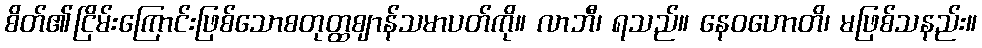
စိတ်၏ငြိမ်းကြောင်းဖြစ်သောစတုတ္ထဈာန်သမာပတ်ကို။ လာဘီ၊ ရသည်။ နေဝဟောတိ၊ မဖြစ်သနည်း။